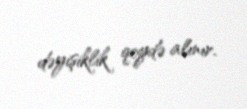
dəyişiklik qeydə alınır.